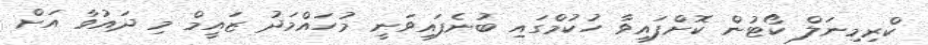
ކްރިމިނަލް ކޯޓުން ކޮށްފައިވާ ހުކުމްގައި ބުނެފައިވަނީ މުހައްމަދު ޒައީމް މި ދައުވާ އަށް